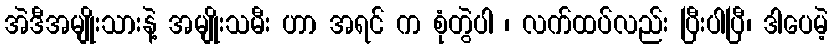
အဲဒီအမျိုးသားနဲ့ အမျိုးသမီး ဟာ အရင် က စုံတွဲပါ ၊ လက်ထပ်လည်း ပြီးပါပြီ၊ ဒါပေမဲ့